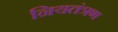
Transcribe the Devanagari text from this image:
नियतंत्रण